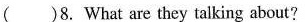
( )8. What are they talking about?